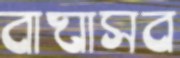
বাঘাসব